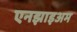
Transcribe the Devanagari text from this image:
एनझाइअम